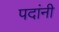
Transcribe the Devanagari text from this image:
पदांनी